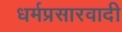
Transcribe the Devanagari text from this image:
धर्मप्रसारवादी